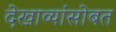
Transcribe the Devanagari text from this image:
देखाव्यांसोबत